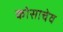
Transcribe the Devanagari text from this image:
कोसाचेव